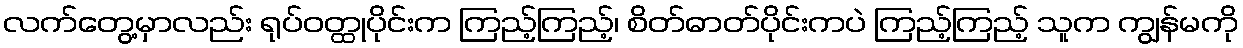
လက်တွေ့မှာလည်း ရုပ်ဝတ္ထုပိုင်းက ကြည့်ကြည့်၊ စိတ်ဓာတ်ပိုင်းကပဲ ကြည့်ကြည့် သူက ကျွန်မကို